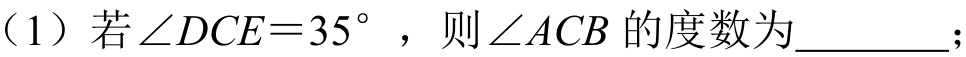
（1）若\(\angle DCE = 35^{\circ}\)，则\(\angle ACB\)的度数为\(\underline{\quad\quad}\)；